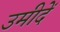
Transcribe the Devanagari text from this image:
उमीदें